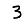
Digit: 3